Eesti_Vabariigi_Tartu_Ulikool, lk 65
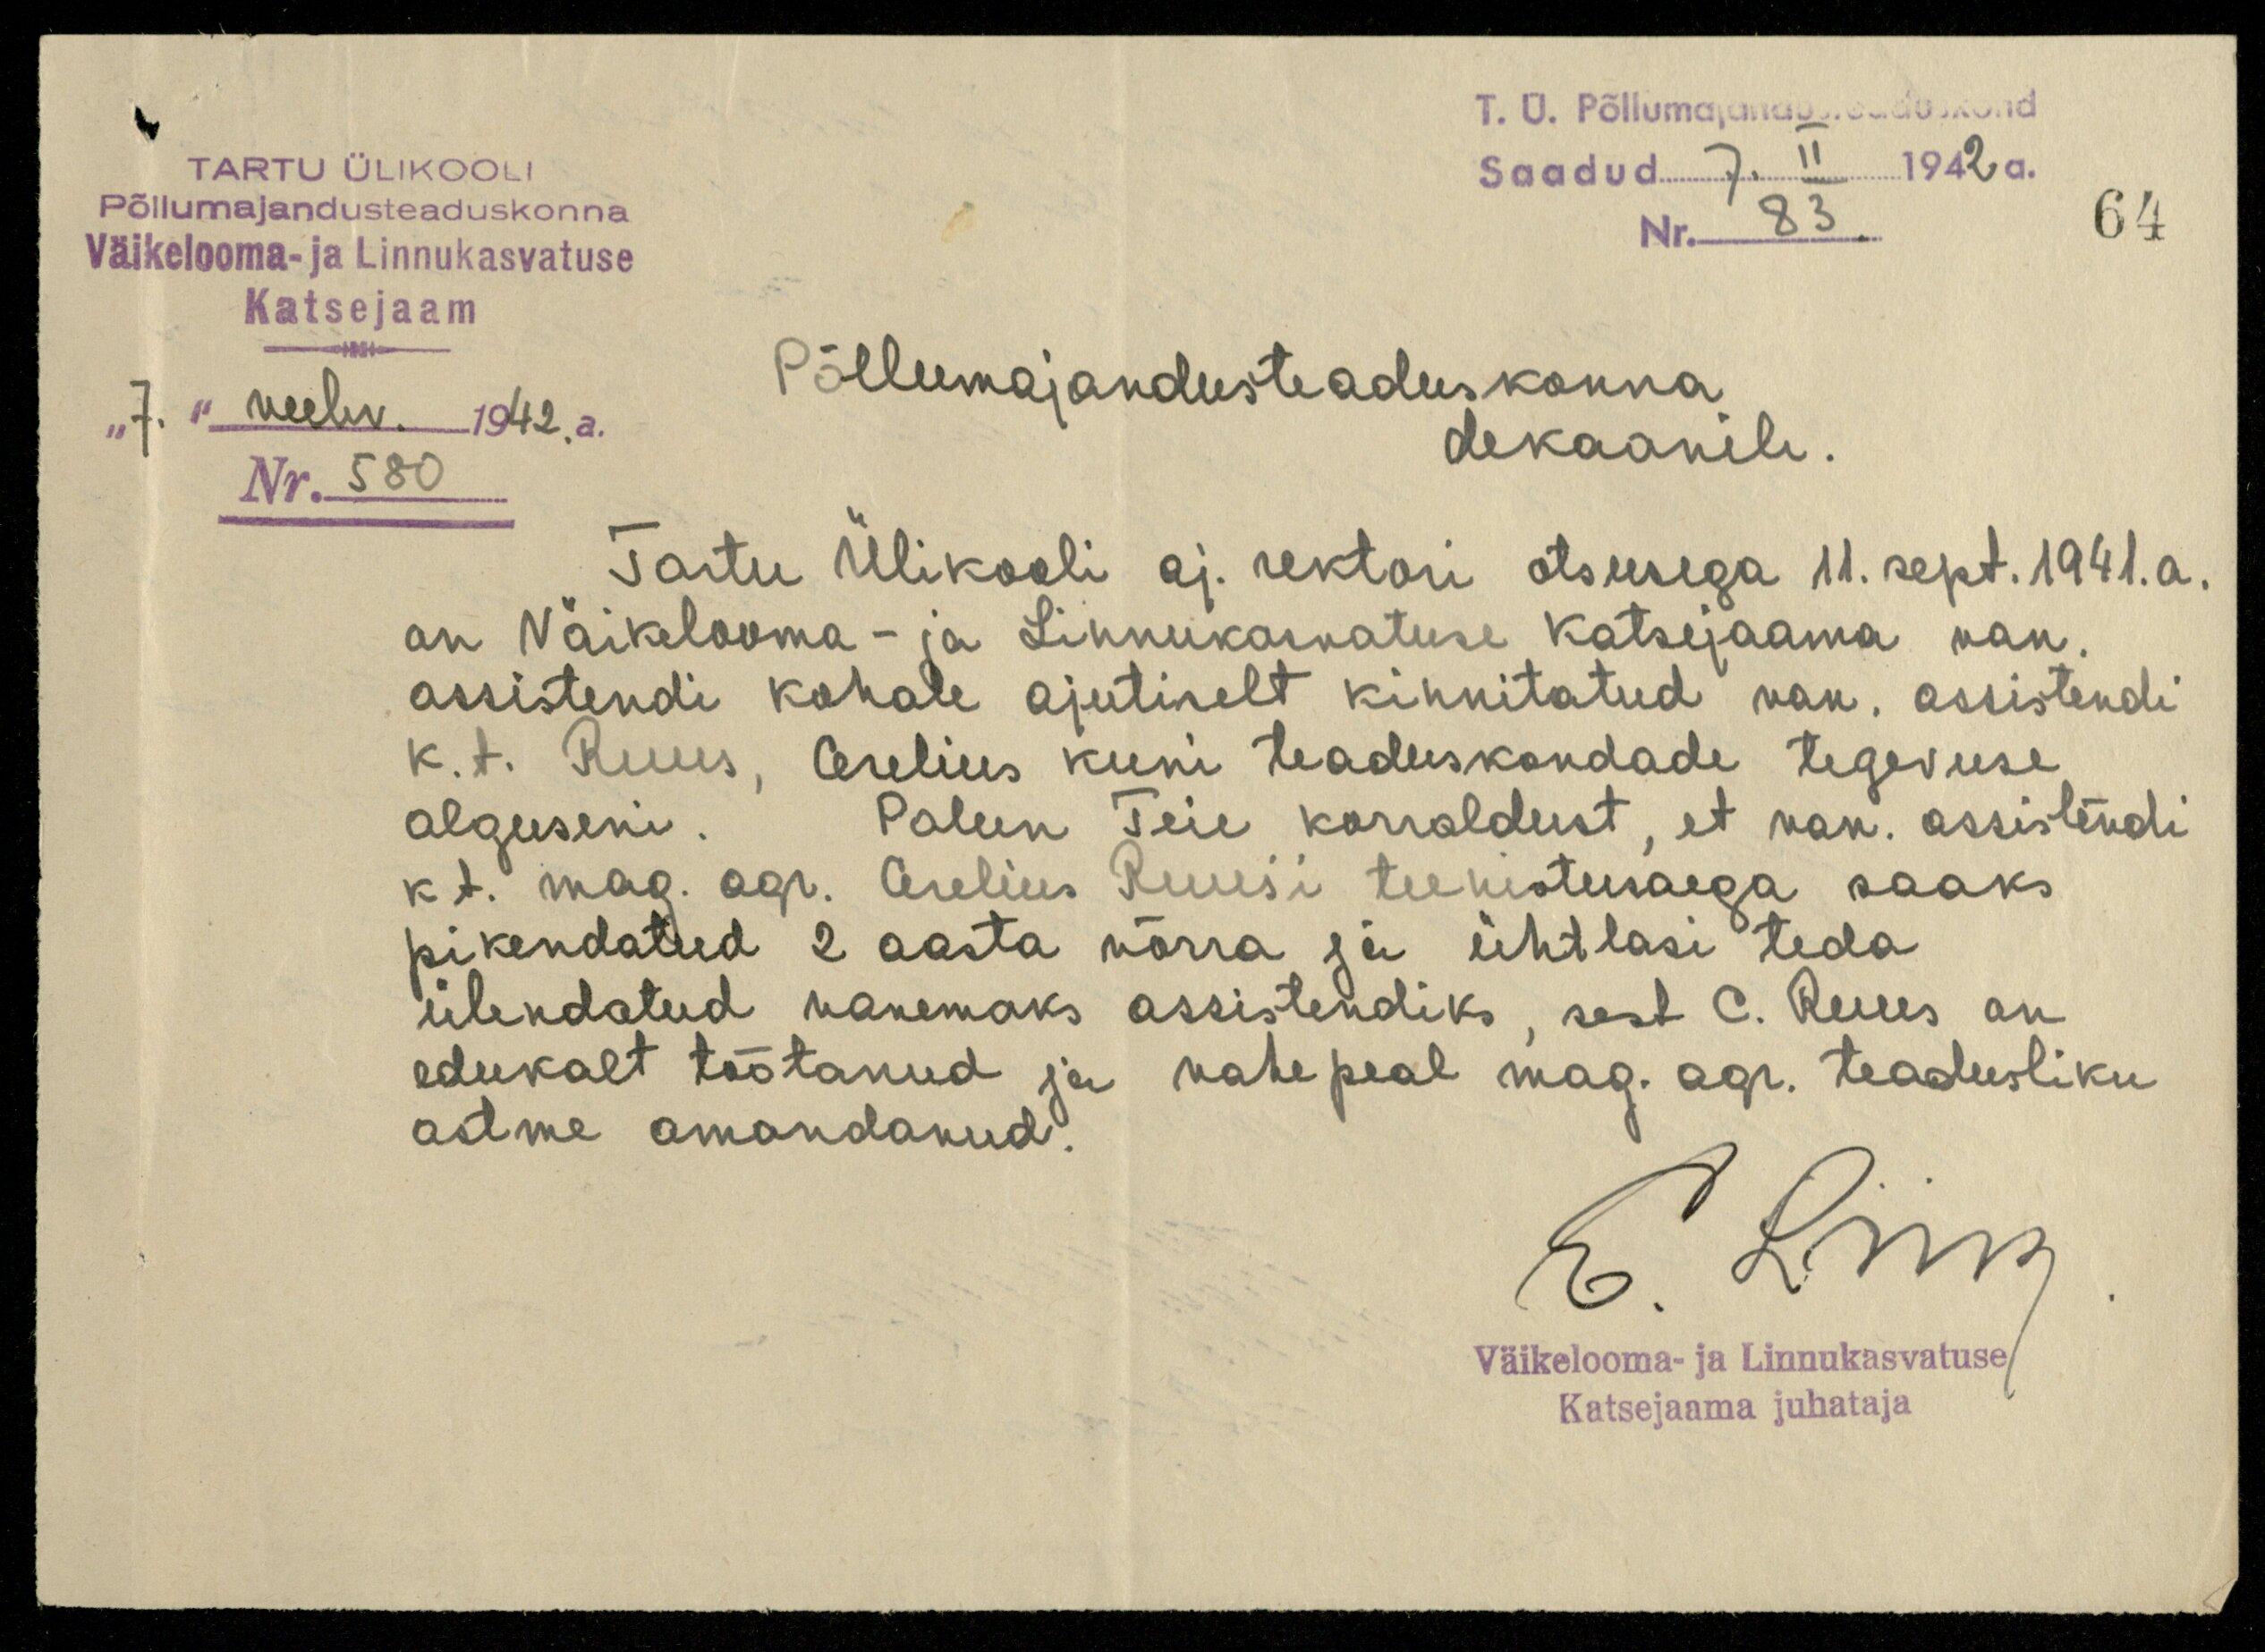
64
T. Ü. Põllumajandusosakond
Saadud 7. II 1942 a.
Nr. 83.
TARTU ÜLIKOOLI
Põllumajandusteaduskonna
Väikelooma-ja Linnukasvatuse
Katsejaam
"7." veebr. 1942. a.
Nr. 580
Põllumajandusteaduskonna
dekaanile.
Tartu Ülikooli aj. rektori otsusega 11. sept.1941. a.
on Väikelooma- ja Linnukasvatuse Katsejaama van.
assistendi kohale ajutiselt kinnitatud van. assistendi
k.t. Ruus, Cerelius kuni teaduskondade tegevuse
alguseni. Palun Teie korraldust, et van. assistendi
k.t. mag. agr. Cerelius Ruusi teenistusaega saaks
pikendatud 2 aasta võrra ja ühtlasi teda
ülendatud vanemaks assistendiks sest C. Ruus on
edukalt töötanud ja vahepeal mag. agr. teadusliku
astme omandanud.
E. Liik
Väikelooma- ja Linnukasvatuse
Katsejaama juhataja